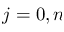
j = 0 , n